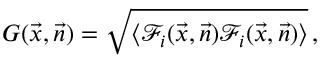
G ( \vec { x } , \vec { n } ) = \sqrt { \langle \mathcal { F } _ { i } ( \vec { x } , \vec { n } ) \mathcal { F } _ { i } ( \vec { x } , \vec { n } ) \rangle } \, ,